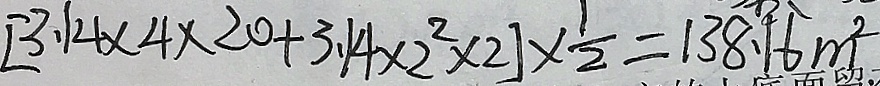
[ 3 . 1 4 \times 4 \times 2 0 + 3 . 1 4 \times 2 ^ { 2 } \times 2 ] \times \frac { 1 } { 2 } = 1 3 8 . 1 6 m ^ { 2 }